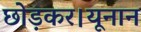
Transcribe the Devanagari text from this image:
छोड़कर।यूनान